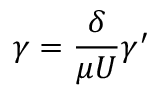
\gamma = \frac { \delta } { \mu U } \gamma ^ { \prime }